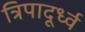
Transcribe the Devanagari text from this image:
त्रिपादूर्ध्व